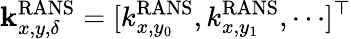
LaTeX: \mathbf{k}_{x,y,\delta}^{\mathrm{RANS}}=[k_{x,y_{0}}^{\mathrm{RANS}},k_{x,y_{1}}^{\mathrm{RANS}},\cdots]^{\top}